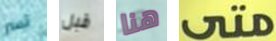
تسر قبل هنا متى